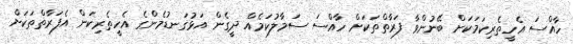
ހާއްސަ އެހީތެރިކަމަކަށް ބޭނުންވާ ފަރާތްތަކަށް ހާއްސަ ސަމާލުކަމެއް ދީގެން އަޅުގަނޑުމެންގެ އެހީތެރިކަން އެފަރާތްތަކަށް